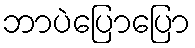
ဘာပဲပြောပြော